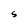
Character: S